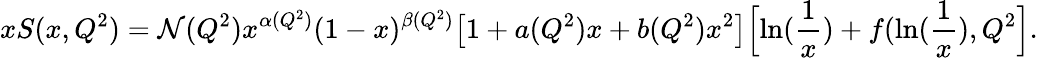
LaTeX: xS(x,Q^{2})=\mathcal{N}(Q^{2})x^{\alpha(Q^{2})}(1-x)^{\beta(Q^{2})}\bigl[1+a(Q^{2})x+b(Q^{2})x^{2}\bigr]\Bigl[\ln({\frac{{1}}{{x}}})+f(\ln({\frac{{1}}{{x}}}),Q^{2}\Bigr].